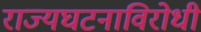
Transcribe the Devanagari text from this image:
राज्यघटनाविरोधी